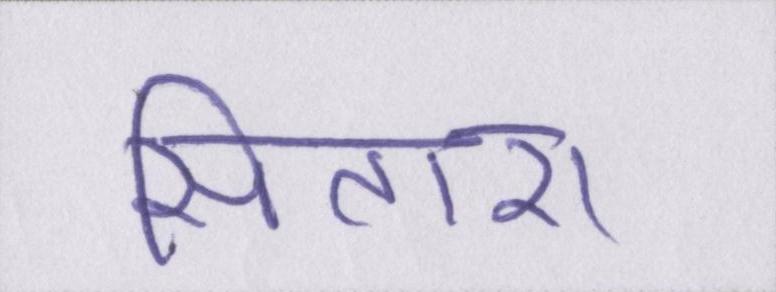
सितारा